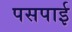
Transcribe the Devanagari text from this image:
पसपाई